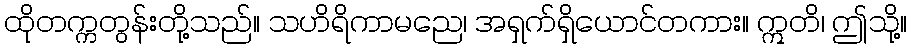
ထိုတက္ကတွန်းတို့သည်။ သဟိရိကာမညေ၊ အရှက်ရှိယောင်တကား။ ဣတိ၊ ဤသို့။